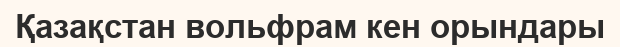
Қазақстан вольфрам кен орындары